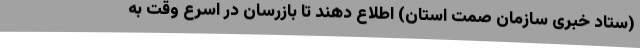
(ستاد خبری سازمان صمت استان) اطلاع دهند تا بازرسان در اسرع وقت به